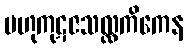
ဗဟုကုဋဇသလ္လကိကေန